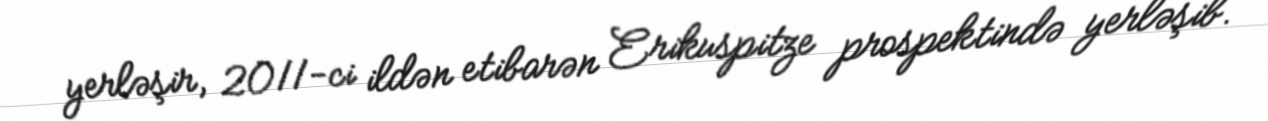
yerləşir, 2011-ci ildən etibarən Erikuspitze prospektində yerləşib.